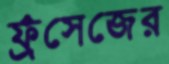
ফ্রঁসেজের